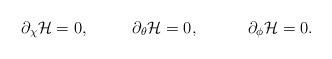
LaTeX: \begin{align*}\partial_\chi {\cal H} = 0, ~~~~~~~~ \partial_\theta {\cal H} = 0,~~~~~~~~~\partial_\phi {\cal H} = 0.\end{align*}